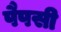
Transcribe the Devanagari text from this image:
पैपसी